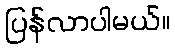
ပြန်လာပါမယ်။